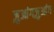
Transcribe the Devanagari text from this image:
ज़ुआंगज़ुआंग